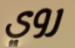
روي